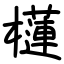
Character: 櫣